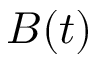
B ( t )